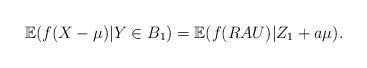
LaTeX: \begin{align*}\mathbb{E} (f(X-\mu) | Y \in B_1)= \mathbb{E}(f(RAU) | Z_1 + a\mu).\end{align*}